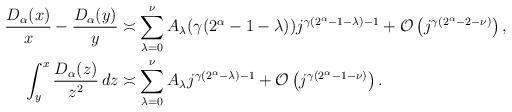
LaTeX: \begin{align*}\frac{D_\alpha(x)}{x}-\frac{D_\alpha(y)}{y} &\asymp \sum_{\lambda=0}^\nu A_\lambda(\gamma(2^{\alpha}-1-\lambda)) j^{\gamma(2^\alpha-1-\lambda)-1} + \mathcal{O}\left(j^{\gamma(2^\alpha-2-\nu)}\right), \\\int_y^x \frac{D_\alpha(z)}{z^2}\,dz &\asymp \sum_{\lambda=0}^\nu A_\lambda j^{\gamma(2^\alpha-\lambda)-1}+ \mathcal{O}\left(j^{\gamma(2^\alpha-1-\nu)}\right). \end{align*}